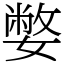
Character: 嫳